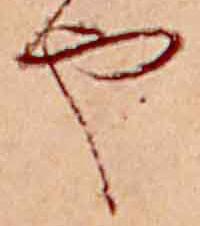
や